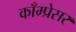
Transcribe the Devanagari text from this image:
काँम्प्रेसर